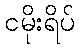
ငမိုးရိပ်